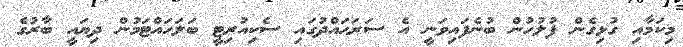
މިކަމާއި ގުޅިގެން ފުލުހުން ބުނެފައިވަނީ އެ ސަރަޙައްދުގައި ސެކިއުރިޓީ ބަލަހައްޓަމުން ދިޔައީ ބާރުގެ